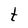
Character: t